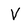
Character: V